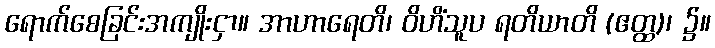
ရောက်စေခြင်းအကျိုးငှာ။ အာဟာရေတိ၊ ဝိဟိံသူပ ရတိယာတိ (ဧတ္ထ)၊ ၌။